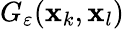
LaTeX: G_{\varepsilon}(\mathbf{x}_{k},\mathbf{x}_{l})